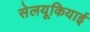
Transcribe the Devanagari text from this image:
सेलयूकियाई